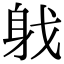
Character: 𨈟